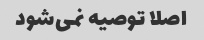
اصلا توصیه نمی‌شود